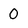
Character: 0